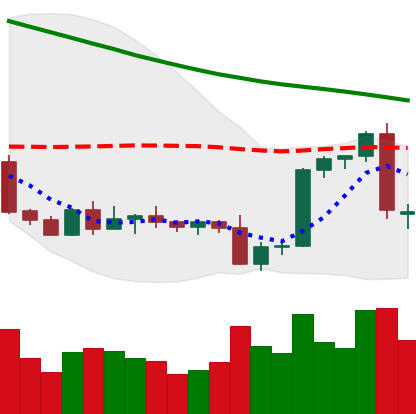
Ticker: BTC-USD
Chart end date: 2022-09-14
Forward return: -3.443%
Label: down_3_5